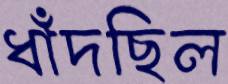
ধাঁদছিল